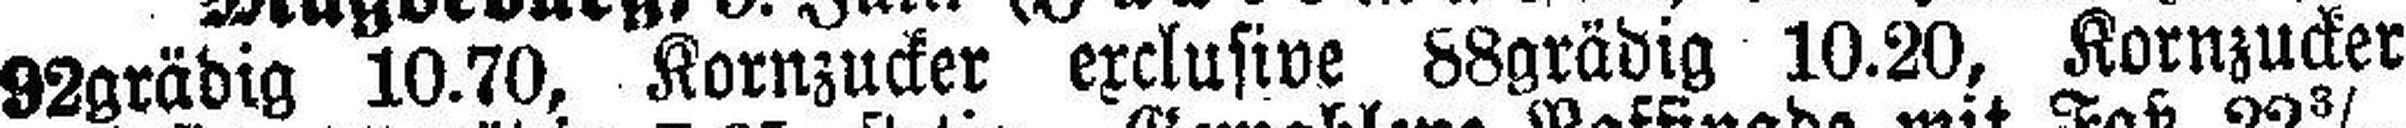
92grädig 10.70, Kornzucker exclusive 88grädig 10.20, Kornzucker